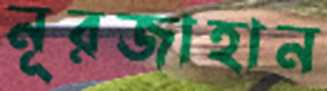
নূরজাহান